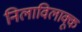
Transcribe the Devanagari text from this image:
निलाविलाक्कू